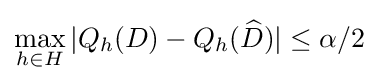
\max _{h\in H}|Q_{h}(D)-Q_{h}({\widehat {D}})|\leq \alpha /2\,\!